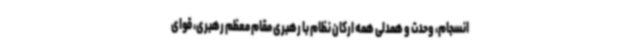
انسجام، وحدت و همدلی همه ارکان نظام با رهبری مقام معظم رهبری، قوای